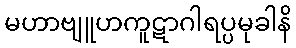
မဟာဗျူဟကူဋာဂါရပ္ပမုခါနိ